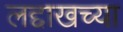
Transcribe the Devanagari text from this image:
लद्दाखच्या